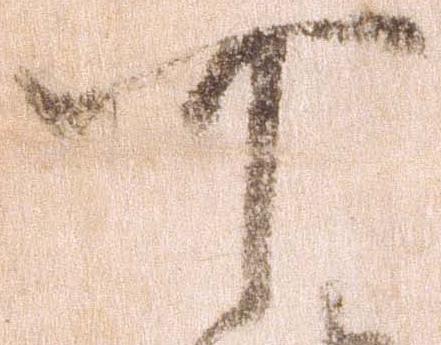
可